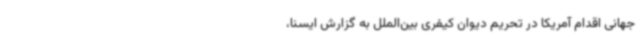
جهانی اقدام آمریکا در تحریم دیوان کیفری بین‌الملل به گزارش ایسنا،